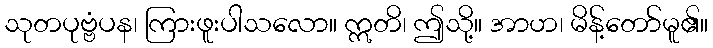
သုတပုဗ္ဗံပန၊ ကြားဖူးပါသလော။ ဣတိ၊ ဤသို့။ အာဟ၊ မိန့်တော်မူ၏။